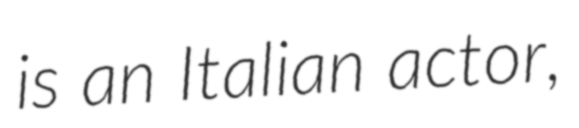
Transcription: is an Italian actor,